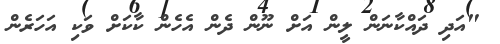
"އަދި ދައްކާނަން ލީން އަށް ނޫން ދެން އެހެން ކާކަށް ވަކި އަހަރެން